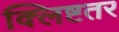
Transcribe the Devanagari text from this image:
क्लिष्टतर